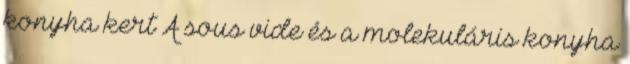
konyha kert A sous vide és a molekuláris konyha